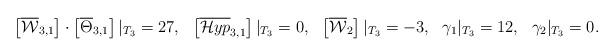
LaTeX: \begin{align*}\left[\overline{\mathcal{W}}_{3,1}\right] \cdot \left[\overline{\Theta}_{3,1}\right] |_{T_3} &= 27, & \left[\overline{\mathcal{H}yp}_{3,1}\right] |_{T_3} &= 0, & \left[\overline{\mathcal{W}}_2 \right] |_{T_3} &= -3, & \gamma_1 |_{T_3} &=12, &\gamma_2 |_{T_3} &=0.\end{align*}